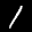
Label: 1